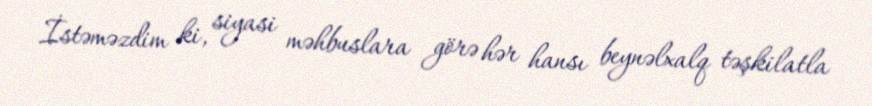
İstəməzdim ki, siyasi məhbuslara görə hər hansı beynəlxalq təşkilatla